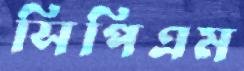
সিপিএম